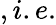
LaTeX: ,i.e.